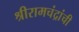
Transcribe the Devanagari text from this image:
श्रीरामचंद्रांची